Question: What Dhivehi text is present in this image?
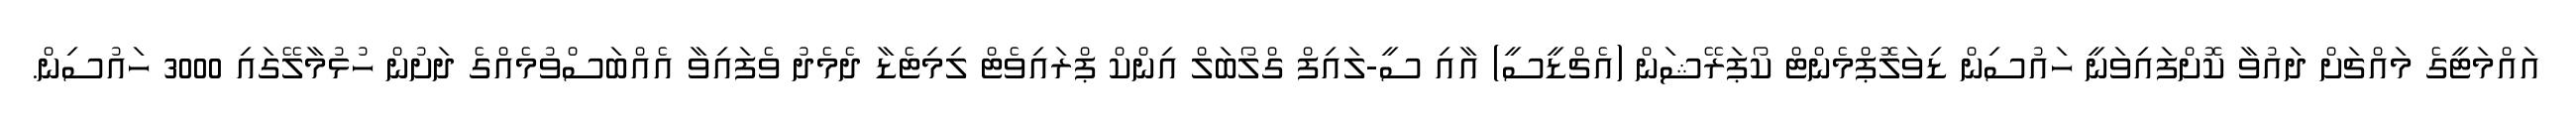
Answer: އައްމަޓީގެ މައްޗަށް ދައުވާ ކޮށްފައިވަނީ ހައުސިން ޑިވަލޮޕްމެންޓް ކޯޕަރޭޝަން (އެޗްޑީސީ) އާއި ސީ-ލައިފް ގްލޯބަލް އިންކް ޕްރައިވެޓް ލިމިޓެޑާ ދެމެދު ވެފައިވާ އެއްބަސްވުމެއްގެ ދަށުން ހުޅުމާލޭގައި 3000 ހައުސިން.